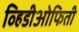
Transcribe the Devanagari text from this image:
व्हिडीओफिती